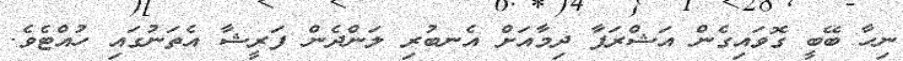
ނިހާ ބޭބީ ގޮވައިގެން އަޝްރަފާ ދިމާއަށް އެނބުރި ލަންދެން ފަރީޝާ އެތަނުގައި ހުއްޓެވެ.